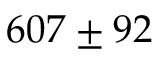
6 0 7 \pm 9 2